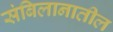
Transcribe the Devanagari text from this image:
संबिलानातील